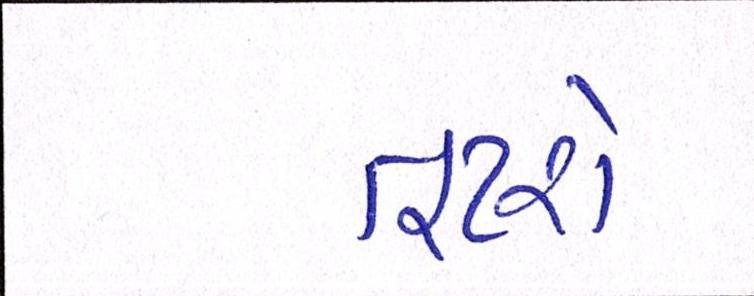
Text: તૂટશે